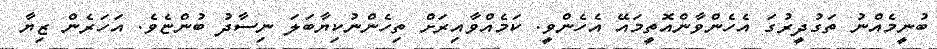
ބުނީމެއްނު ތަގުދީރުގަ އެހެންވާންއޮތީމައޭ އެހެންވީ. ކަމެއްވާއިރަށް ތިހެންނުކިޔާބަލަ ނިސާދު ބުންޏެވެ. އަހަރެން ޒިޔާ